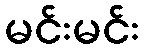
မင်းမင်း